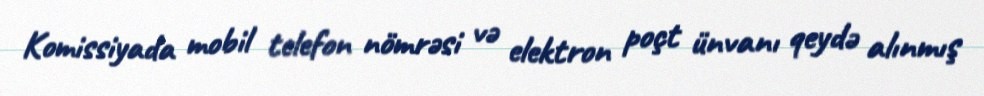
Komissiyada mobil telefon nömrəsi və elektron poçt ünvanı qeydə alınmış